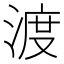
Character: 渡